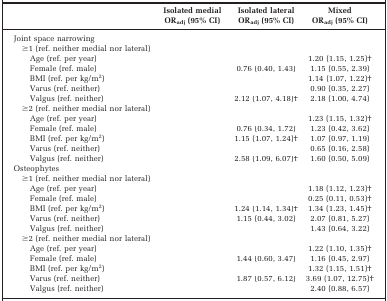
<table><thead><tr><td>[EMPTY_CELL]</td><td><b>Isolated medialOR<sub>adj</sub> (95% CI)</b></td><td><b>Isolated lateralOR<sub>adj</sub> (95% CI)</b></td><td><b>MixedOR<sub>adj</sub> (95% CI)</b></td></tr></thead><tbody><tr><td>Joint space narrowing</td><td>[EMPTY_CELL]</td><td>[EMPTY_CELL]</td><td>[EMPTY_CELL]</td></tr><tr><td>≥1 (ref. neither medial nor lateral)</td><td>[EMPTY_CELL]</td><td>[EMPTY_CELL]</td><td>[EMPTY_CELL]</td></tr><tr><td>Age (ref. per year)</td><td>[EMPTY_CELL]</td><td>[EMPTY_CELL]</td><td>1.20 (1.15, 1.25)b</td></tr><tr><td>Female (ref. male)</td><td>[EMPTY_CELL]</td><td>0.76 (0.40, 1.43)</td><td>1.15 (0.55, 2.39)</td></tr><tr><td>BMI (ref. per kg/m<sup>2</sup>)</td><td>[EMPTY_CELL]</td><td>[EMPTY_CELL]</td><td>1.14 (1.07, 1.22)b</td></tr><tr><td>Varus (ref. neither)</td><td>[EMPTY_CELL]</td><td>[EMPTY_CELL]</td><td>0.90 (0.35, 2.27)</td></tr><tr><td>Valgus (ref. neither)</td><td>[EMPTY_CELL]</td><td>2.12 (1.07, 4.18)b</td><td>2.18 (1.00, 4.74)</td></tr><tr><td>≥2 (ref. neither medial nor lateral)</td><td>[EMPTY_CELL]</td><td>[EMPTY_CELL]</td><td>[EMPTY_CELL]</td></tr><tr><td>Age (ref. per year)</td><td>[EMPTY_CELL]</td><td>[EMPTY_CELL]</td><td>1.23 (1.15, 1.32)b</td></tr><tr><td>Female (ref. male)</td><td>[EMPTY_CELL]</td><td>0.76 (0.34, 1.72)</td><td>1.23 (0.42, 3.62)</td></tr><tr><td>BMI (ref. per kg/m<sup>2</sup>)</td><td>[EMPTY_CELL]</td><td>1.15 (1.07, 1.24)b</td><td>1.07 (0.97, 1.19)</td></tr><tr><td>Varus (ref. neither)</td><td>[EMPTY_CELL]</td><td>[EMPTY_CELL]</td><td>0.65 (0.16, 2.58)</td></tr><tr><td>Valgus (ref. neither)</td><td>[EMPTY_CELL]</td><td>2.58 (1.09, 6.07)b</td><td>1.60 (0.50, 5.09)</td></tr><tr><td>Osteophytes</td><td>[EMPTY_CELL]</td><td>[EMPTY_CELL]</td><td>[EMPTY_CELL]</td></tr><tr><td>≥1 (ref. neither medial nor lateral)</td><td>[EMPTY_CELL]</td><td>[EMPTY_CELL]</td><td>[EMPTY_CELL]</td></tr><tr><td>Age (ref. per year)</td><td>[EMPTY_CELL]</td><td>[EMPTY_CELL]</td><td>1.18 (1.12, 1.23)b</td></tr><tr><td>Female (ref. male)</td><td>[EMPTY_CELL]</td><td>[EMPTY_CELL]</td><td>0.25 (0.11, 0.53)b</td></tr><tr><td>BMI (ref. per kg/m<sup>2</sup>)</td><td>[EMPTY_CELL]</td><td>1.24 (1.14, 1.34)b</td><td>1.34 (1.23, 1.45)b</td></tr><tr><td>Varus (ref. neither)</td><td>[EMPTY_CELL]</td><td>1.15 (0.44, 3.02)</td><td>2.07 (0.81, 5.27)</td></tr><tr><td>Valgus (ref. neither)</td><td>[EMPTY_CELL]</td><td>[EMPTY_CELL]</td><td>1.43 (0.64, 3.22)</td></tr><tr><td>≥2 (ref. neither medial nor lateral)</td><td>[EMPTY_CELL]</td><td>[EMPTY_CELL]</td><td>[EMPTY_CELL]</td></tr><tr><td>Age (ref. per year)</td><td>[EMPTY_CELL]</td><td>[EMPTY_CELL]</td><td>1.22 (1.10, 1.35)b</td></tr><tr><td>Female (ref. male)</td><td>[EMPTY_CELL]</td><td>1.44 (0.60, 3.47)</td><td>1.16 (0.45, 2.97)</td></tr><tr><td>BMI (ref. per kg/m<sup>2</sup>)</td><td>[EMPTY_CELL]</td><td>[EMPTY_CELL]</td><td>1.32 (1.15, 1.51)b</td></tr><tr><td>Varus (ref. neither)</td><td>[EMPTY_CELL]</td><td>1.87 (0.57, 6.12)</td><td>3.69 (1.07, 12.75)b</td></tr><tr><td>Valgus (ref. neither)</td><td>[EMPTY_CELL]</td><td>[EMPTY_CELL]</td><td>2.40 (0.88, 6.57)</td></tr></tbody></table>